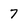
Character: 7